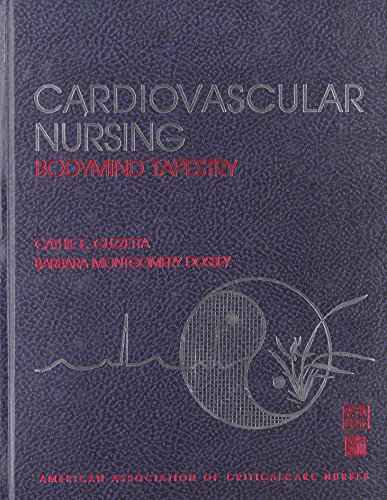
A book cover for Cardiovascular Nursing Bodymind Tapestry; Cathie E. Guzzetta; Medical Books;